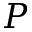
P